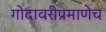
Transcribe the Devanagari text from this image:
गोदावरीप्रमाणेच